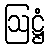
ဩဋ္ဌံ